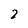
Character: 2